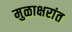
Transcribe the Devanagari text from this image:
मुळाक्षरांत